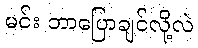
မင်း ဘာပြောချင်လို့လဲ